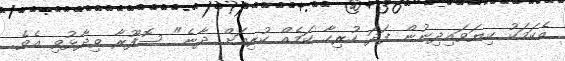
އެކަމަކު ކިޔަވައިދިނުން ފަދަ ހުރިހާ ކަމެއް ކުރިއަށް ދާނެ" ސޮފޫރާ ވިދާޅުވި އެވެ.